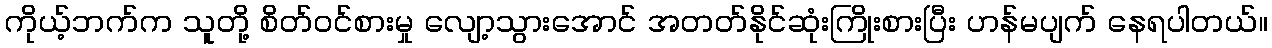
ကိုယ့်ဘက်က သူတို့ စိတ်ဝင်စားမှု လျော့သွားအောင် အတတ်နိုင်ဆုံးကြိုးစားပြီး ဟန်မပျက် နေရပါတယ်။